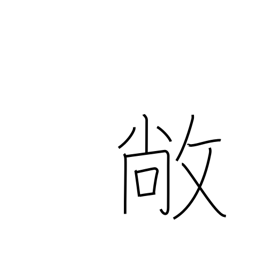
Meaning: high and flat